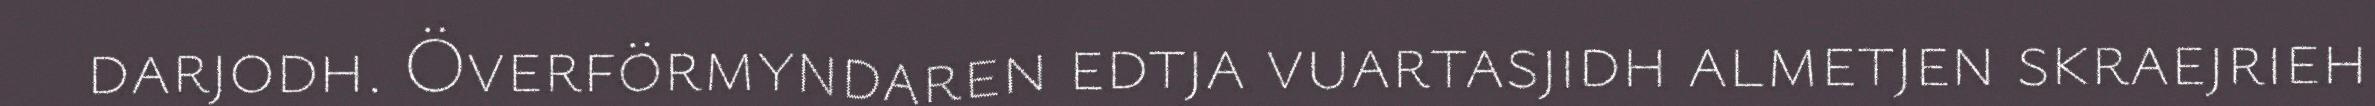
darjodh. Överförmyndaren edtja vuartasjidh almetjen skraejrieh